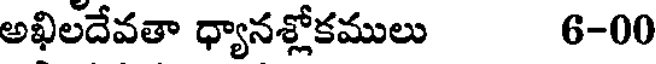
అఖిలదేవతా ధ్యానశ్లోకములు 6-00